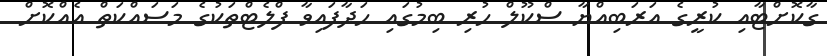
ގާކޮށްޓާއި ކުރީގެ އަރަބިއްޔާ ސްކޫލް ހުރި ބިމުގައި ހަދާފައިވާ ފްލެޓްތަކުގެ މަސައްކަތް އެއްކޮށް